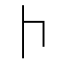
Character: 𠁡